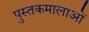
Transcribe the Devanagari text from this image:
पुस्तकमालाओं